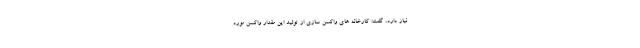
نیاز دارد، گفت: کارخانه های واکسن سازی از تولید این مقدار واکسن مورد